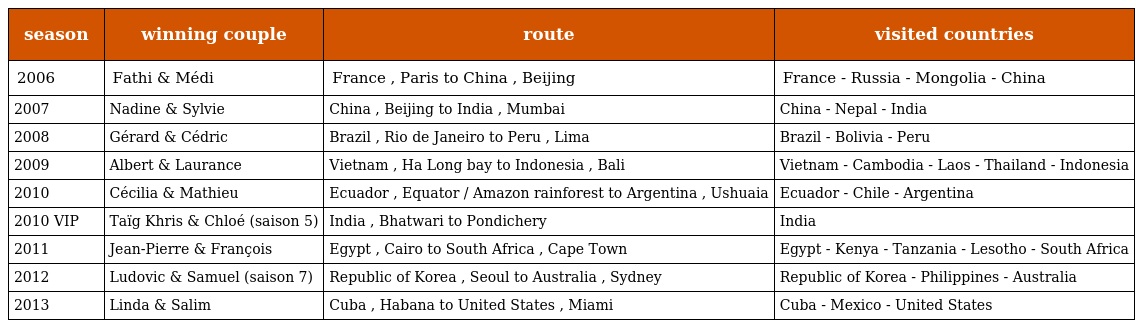
| season | winning couple | route | visited countries |
 | --- | --- | --- | --- |
 | 2006 | Fathi & Médi | France , Paris to China , Beijing | France - Russia - Mongolia - China |
 | 2007 | Nadine & Sylvie | China , Beijing to India , Mumbai | China - Nepal - India |
 | 2008 | Gérard & Cédric | Brazil , Rio de Janeiro to Peru , Lima | Brazil - Bolivia - Peru |
 | 2009 | Albert & Laurance | Vietnam , Ha Long bay to Indonesia , Bali | Vietnam - Cambodia - Laos - Thailand - Indonesia |
 | 2010 | Cécilia & Mathieu | Ecuador , Equator / Amazon rainforest to Argentina , Ushuaia | Ecuador - Chile - Argentina |
 | 2010 VIP | Taïg Khris & Chloé (saison 5) | India , Bhatwari to Pondichery | India |
 | 2011 | Jean-Pierre & François | Egypt , Cairo to South Africa , Cape Town | Egypt - Kenya - Tanzania - Lesotho - South Africa |
 | 2012 | Ludovic & Samuel (saison 7) | Republic of Korea , Seoul to Australia , Sydney | Republic of Korea - Philippines - Australia |
 | 2013 | Linda & Salim | Cuba , Habana to United States , Miami | Cuba - Mexico - United States |